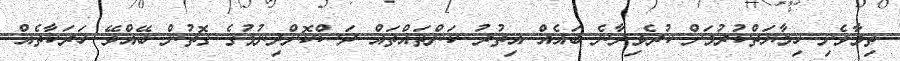
ތިމާވެށި ހިމާޔަތްކުރުމަށް ކުރެވިދާނެ ބައެއް އިތުރު ކަންތައްތައް ދަސްކޮށްދިނުމުގެ ގޮތުން ބޭއްވޭ ހަރަކާތެއް